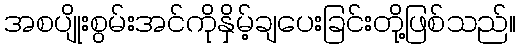
အစပျိုးစွမ်းအင်ကိုနှိမ့်ချပေးခြင်းတို့ဖြစ်သည်။